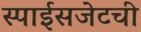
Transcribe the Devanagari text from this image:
स्पाईसजेटची